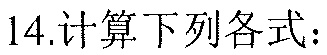
14.计算下列各式：